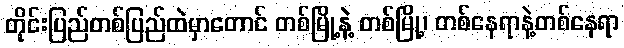
တိုင်းပြည်တစ်ပြည်ထဲမှာတောင် တစ်မြို့နဲ့ တစ်မြို့၊ တစ်နေရာနဲ့တစ်နေရာ